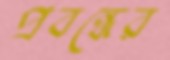
প্রবন্ধের